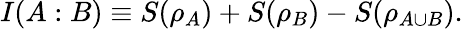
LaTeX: I(A:B)\equiv S(\rho_{A})+S(\rho_{B})-S(\rho_{A\cup B}).